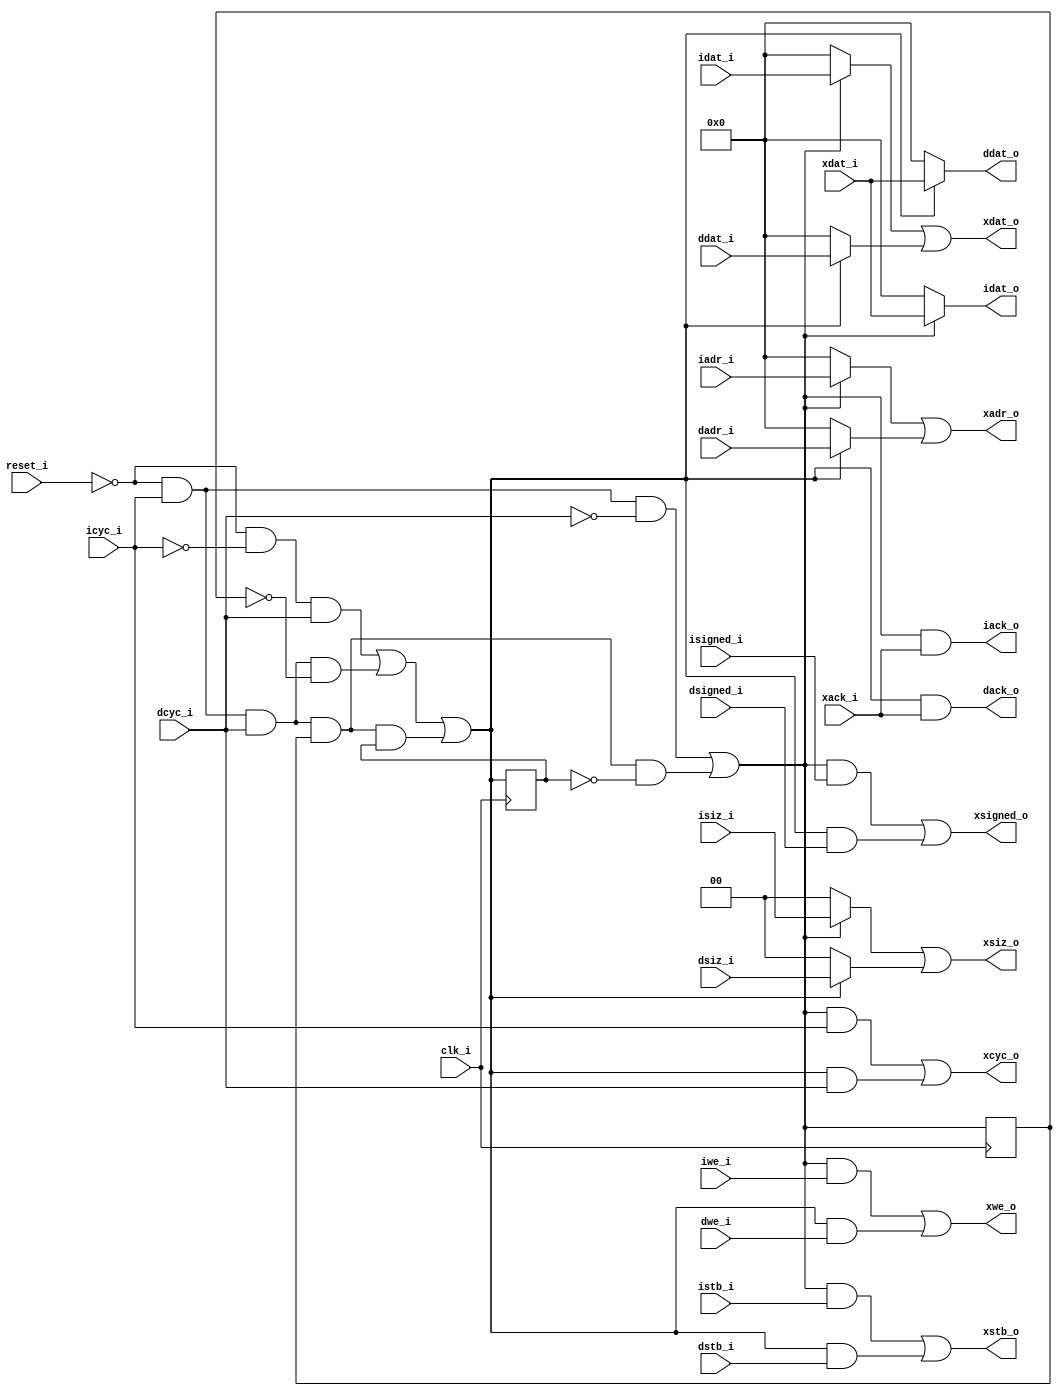
module arbiter(
	// I-Port
	input	[63:0]	idat_i,
	input	[63:0]	iadr_i,
	input		iwe_i,
	input		icyc_i,
	input		istb_i,
	input	[1:0]	isiz_i,
	input		isigned_i,
	output		iack_o,
	output	[63:0]	idat_o,

	// D-Port
	input	[63:0]	ddat_i,
	input	[63:0]	dadr_i,
	input		dwe_i,
	input		dcyc_i,
	input		dstb_i,
	input	[1:0]	dsiz_i,
	input		dsigned_i,
	output		dack_o,
	output	[63:0]	ddat_o,

	// X-Port
	output	[63:0]	xdat_o,
	output	[63:0]	xadr_o,
	output		xwe_o,
	output		xcyc_o,
	output		xstb_o,
	output	[1:0]	xsiz_o,
	output		xsigned_o,
	input		xack_i,
	input	[63:0]	xdat_i,

	// Miscellaneous
	input		clk_i,
	input		reset_i
);
	reg reserve_i, reserve_d;

	wire en_i = (~reset_i & icyc_i & ~dcyc_i) |
		    (~reset_i & icyc_i & dcyc_i & reserve_i & ~reserve_d);

	wire en_d = (~reset_i & ~icyc_i & dcyc_i) |
		    (~reset_i & icyc_i & dcyc_i & ~reserve_i) |
		    (~reset_i & icyc_i & dcyc_i & reserve_i & reserve_d);

	assign xdat_o = (en_i ? idat_i : 64'd0) | (en_d ? ddat_i : 64'd0);
	assign xadr_o = (en_i ? iadr_i : 64'd0) | (en_d ? dadr_i : 64'd0);
	assign xwe_o = (en_i & iwe_i) | (en_d & dwe_i);
	assign xcyc_o = (en_i & icyc_i) | (en_d & dcyc_i);
	assign xstb_o = (en_i & istb_i) | (en_d & dstb_i);
	assign xsiz_o = (en_i ? isiz_i : 2'd0) | (en_d ? dsiz_i : 2'd0);
	assign xsigned_o = (en_i & isigned_i) | (en_d & dsigned_i);

	assign iack_o = (en_i & xack_i);
	assign dack_o = (en_d & xack_i);

	assign idat_o = (en_i ? xdat_i : 64'd0);
	assign ddat_o = (en_d ? xdat_i : 64'd0);

	always @(posedge clk_i) begin
		reserve_i <= en_i;
		reserve_d <= en_d;
	end
endmodule